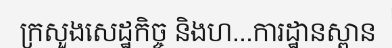
ក្រសួងសេដ្ឋកិច្ច និងហ...ការដ្ឋានស្ពាន